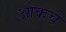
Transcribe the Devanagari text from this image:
ओकचे